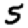
Digit: 5